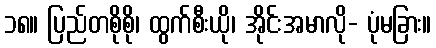
၁၈။ ပြည်တစိုစို၊ ထွက်စီးယို၊ အိုင်းအမာလို- ပုံမခြား။